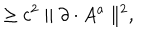
LaTeX: \geq c ^ { 2 } \parallel \partial \cdot A ^ { a } \parallel ^ { 2 } ,